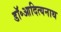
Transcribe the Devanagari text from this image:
डॉ॰आदित्यनाथ